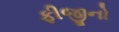
ફીજીનો